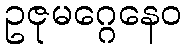
ဥဇုမဂ္ဂေနေဝ